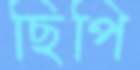
ছিপি